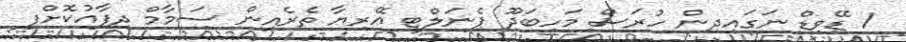
1 ޑޭވިޑް ނަގައިދިން ހުރަސް މަހިބަދޫ ޕެނަލްޓީ އޭރިޔާ ތެރެއިން ސަމާމް ދިފާއުކޮށްފި